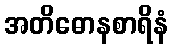
အတိဓောနစာရိနံ